Vaccination in Bombay 1913-1923 - 1913-1923
Year: 1913
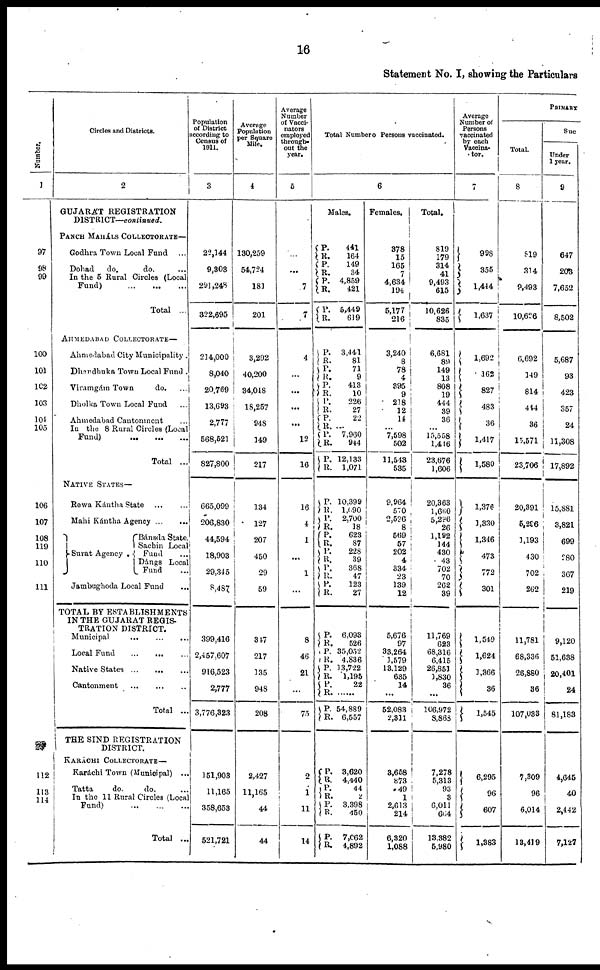
16
Statement No. I, showing the Particulars
Number.
1
97
98
99
100
101
102
103
104
105
106
107
108
119
110
111
112
113
114
Circles and Districts.
2
GUJARÁT REGISTRATION
DISTRICT—continued.
PANCH MAHÁLS COLLECTORATE—
Godhra Town Local Fund ...
Dohad
do.
do. ...
In the 5 Rural Circles (Local
Fund)
...
...
...
Total ...
AHMEDABAD COLLECTORATE—
Ahmedabad City Municipality.
Dhandhuka Town Local Fund.
Viramgám Town
do. ...
Dholka Town Local Fund ...
Ahmedabad Cantonment ...
In the 8 Rural Circles (Local
Fund)
...
...
...
Total ...
NATIVE STATES—
Rewa Kántha State
...
...
Mahi Kántha Agency
...
...
Surat Agency .
Bánsda State.
Sachin Local
Fund ...
Dángs Local
Fund ...
Jambughoda Local Fund
...
TOTAL BY ESTABLISHMENTS
IN THE GUJARAT REGIS-
TRATION DISTRICT.
Municipal
...
...
...
Local Fund
...
...
...
Native States
...
...
...
Cantonment
...
...
...
Total ...
THE SIND REGISTRATION
DISTRICT.
KARÁCHI COLLECTORATE—
Karáchi Town (Municipal) ...
Tatta
do.
do. ...
In the 11 Rural Circles (Local
Fund) ... ... ...
Total ...
Population
of District
accordhig to
Census of
1911.
3
22,144
9,303
291,248
322,695
214,000
8,040
20,769
13,693
2,777
568,621
827,800
665,099
206,830
44,594
18,903
29,345
8,487
399,416
2,457,607
916,523
2,777
3,776,323
151,903
11,165
358,653
521,721
Average
Population
per Square
Mile.
4
130,259
54,724
181
201
3,292
40,200
34,048
18,257
948
149
217
134
127
207
450
29
59
347
217
135
948
208
2,427
11,165
44
44
Average
Number
of Vacci-
nators
employed
through-
out the
year.
5
...
...
7
7
4
...
...
...
...
12
16
16
4
1
...
1
...
8
46
21
...
75
2
1
11
14
Total Numbero Persons vaccinated.
6
Males.
P.
R.
P.
R.
P.
R.
P.
R.
P.
R.
P.
R.
P.
R.
P.
R. P.
R.
P.
R.
P.
R.
P.
R.
P.
R.
P. R.
P.
R.
P.
R.
P.
R.
P.
R.
P.
R.
P.
R.
P.
R.
P.
R.
P.
R. P.
R. P.
R.
P.
R.
441
164
149
34
4,859
421
5,449
619
3,441
81
71
9
413
10
226
27
22
...
7,960
944
12,133
1,071
10,399
1,690
2,700
18
623
87
228
39
368
47
123
27
6,093
526
35,052
4,836
13,722
1,195
22
......
54,889
6,557
3,620
4,440
44
2
3,398
450
7,062
4,892
Females.
378
15
165
7 4,634
194
5,177
216
3,240
8
78
4
395
9
218
12
14
...
7,598
502
11,543
535
9,964
570
2,596
8
569
57
202
4
334
23
139
12
5,676
97
33,264
1,579
13,129
635
14
...
52,083
2,311
3,658
873
49
1
2,613
214
6,320
1,088
Total.
819
179
314
41
9,493
615
10,626
835
6,681
89
149
13
808
19
444
39
36
...
15,558
1,446
23,676
1,606
20,363
1,660
5,296
26
1,192
144
430
43
702
70
262
39
11,769
623
68,316
6,415
26,851
1,830
36
...
106,972
8,868
7,278
5,313
93
3
6,011 664
13,382
5,980
Average
Number of
Persons
vaccinated
by each
Vaccina-
tor.
7
998
355
1,444
1,637
1,692
162
827
483
36
1,417
1,580
1,376
1,330
1,346
473
772
301
1,549
1,624
1,366
36
1,545
6,295
96
607
1,383
PRIMARY
Total.
8
819
314
9,493
10,626
6,692
149
814
444
36
15,571
23,706
20,391
5,296
1,193
430
702
262
11,781
68,336
26,880
36
107,033
7,309
96
6,014
13,419
Suc
Under
1 year.
9
647
203
7,652
8,502
5,687
93
423
357
24
11,308
17,892
15,881
3,821
699
280
367
219
9,120
51,638
20,401
24
81,183
4,645
40
2,442
7,127